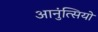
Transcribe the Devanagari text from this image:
आनुंत्सियों